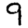
Digit: 9